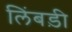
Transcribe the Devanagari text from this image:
लिंबड़ी